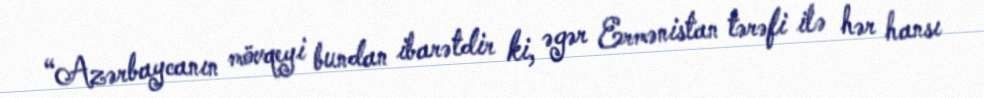
“Azərbaycanın mövqeyi bundan ibarətdir ki, əgər Ermənistan tərəfi ilə hər hansı